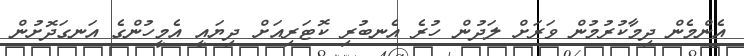
އެންމެން ދިމާކުރުމުން ވަރަށް ލަދުން ހުރެ އެނބުރި ކޮޓަރިއަށް ދިޔައީ އެމީހުންގެ އަނގަދޮށުން